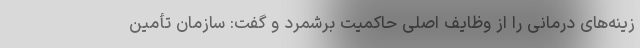
زینه‌های درمانی را از وظایف اصلی حاکمیت برشمرد و گفت: سازمان تأمین